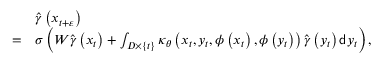
\begin{array} { r l } & { \widehat { \gamma } \left( x _ { t + \varepsilon } \right) } \\ { = } & { \sigma \left( W \widehat { \gamma } \left( x _ { t } \right) + \int _ { D \times \{ t \} } \kappa _ { \theta } \left( x _ { t } , y _ { t } , \phi \left( x _ { t } \right) , \phi \left( y _ { t } \right) \right) \widehat { \gamma } \left( y _ { t } \right) \mathsf { d } y _ { t } \right) , } \end{array}